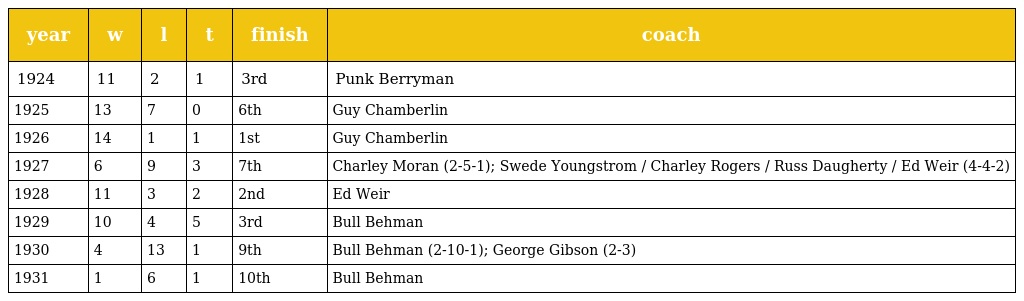
| year | w | l | t | finish | coach |
 | --- | --- | --- | --- | --- | --- |
 | 1924 | 11 | 2 | 1 | 3rd | Punk Berryman |
 | 1925 | 13 | 7 | 0 | 6th | Guy Chamberlin |
 | 1926 | 14 | 1 | 1 | 1st | Guy Chamberlin |
 | 1927 | 6 | 9 | 3 | 7th | Charley Moran (2-5-1); Swede Youngstrom / Charley Rogers / Russ Daugherty / Ed Weir (4-4-2) |
 | 1928 | 11 | 3 | 2 | 2nd | Ed Weir |
 | 1929 | 10 | 4 | 5 | 3rd | Bull Behman |
 | 1930 | 4 | 13 | 1 | 9th | Bull Behman (2-10-1); George Gibson (2-3) |
 | 1931 | 1 | 6 | 1 | 10th | Bull Behman |